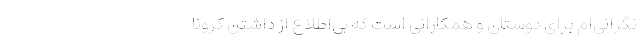
نگرانی‌ام برای دوستان و همکارانی است که بی‌اطلاع از داشتنِ کرونا